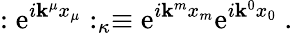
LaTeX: :\mathrm{e}^{i\mathbf{k}^{\mu}x_{\mu}}:_{\kappa}\equiv\mathrm{e}^{i\mathbf{k}^{m}x_{m}}\mathrm{e}^{i\mathbf{k}^{0}x_{0}}~.